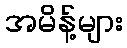
အမိန့်များ